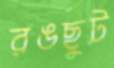
রঙছুট